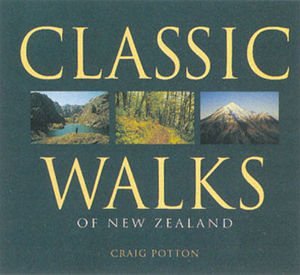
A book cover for Classic Walks of New Zealand; Craig Potton; Travel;